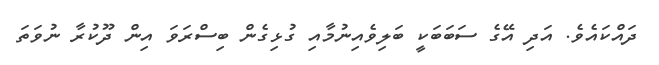
ދައްކައެވެ. އަދި އޭގެ ސަބަބަކީ ބަލިވެއިނުމާއި ގުޅިގެން ބިސްރަވަ އިން ދޫކުރާ ނުވަތަ